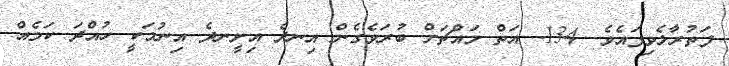
ފަތުރާލެވިފައެވެ. 134- އަތް މައްޗަށް ބުރަވެގެން އިނދެ އިށީނދެ އިނުމަކީ ހުއްދަ ކަމެއް